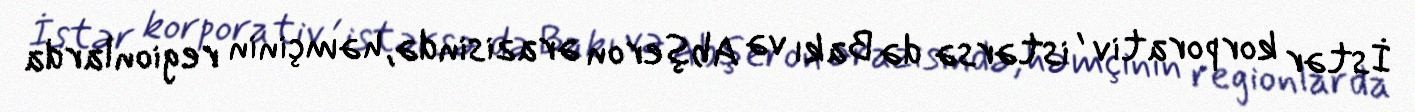
İstər korporativ , istərsə də Bakı və Abşeron ərazisində, həmçinin regionlarda